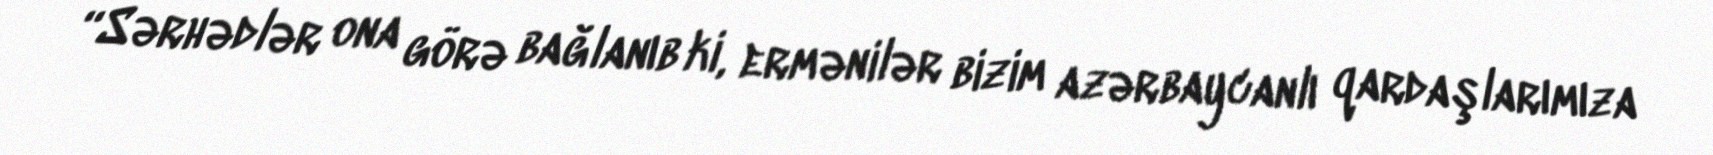
“Sərhədlər ona görə bağlanıb ki, ermənilər bizim azərbaycanlı qardaşlarımıza